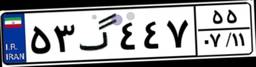
۱۸گ۹۳۶۷۸